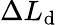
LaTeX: \Delta L_{\mathrm{d}}